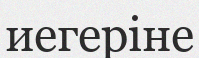
иегеріне